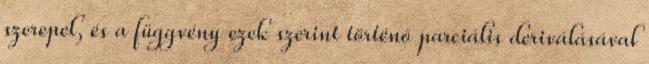
szerepel, és a függvény ezek szerint történő parciális deriválásával